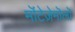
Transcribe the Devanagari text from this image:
मॊंटेज़ेमॊलॊ